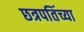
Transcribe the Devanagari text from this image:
छत्रपतिंच्या